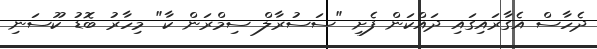
ދެހާސް އެގާރައިގައި ދައްކަން ފެށި "ސަސުރާލް ސިމްރަން ކާ" މިހާރު ބޮޑު ކޫސަނި